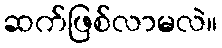
ဆက်ဖြစ်လာမလဲ။